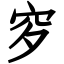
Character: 穸